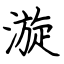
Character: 漩